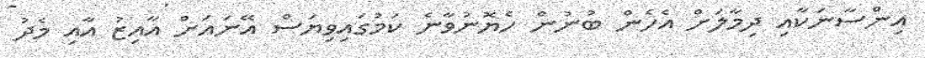
އިންސާނަކާއި ދިމާލަށް އެހެން ބުނުން ހެޔޮނުވާނެ ކަމުގައިވިޔަސް އޭނައަށް އާއިޒު އާއި މެދު